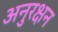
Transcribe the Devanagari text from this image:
अनुरक्षन